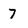
Character: 7